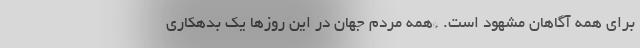
برای همه آگاهان مشهود است. *همه مردم جهان در این روزها یک بدهکاری